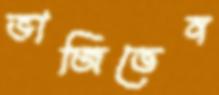
ভাজিতেন